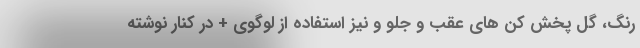
رنگ، گل پخش کن های عقب و جلو و نیز استفاده از لوگوی + در کنار نوشته